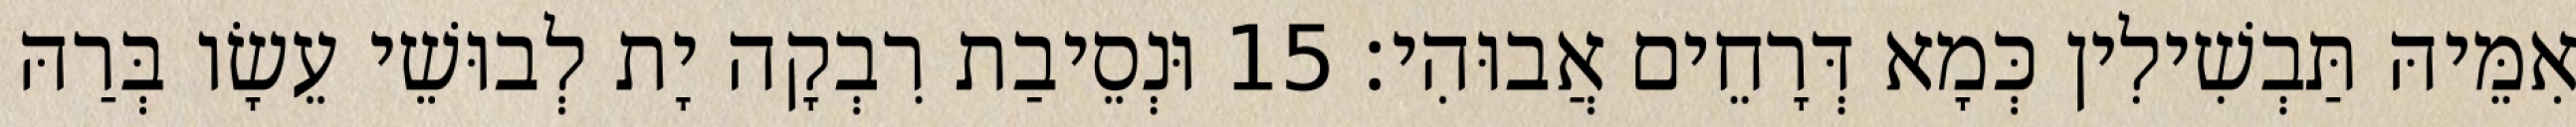
אִמֵּיהּ תַּבְשִׁילִין כְּמָא דְּרָחֵים אֲבוּהִי׃ 15 וּנְסֵיבַת רִבְקָה יָת לְבוּשֵׁי עֵשָׂו בְּרַהּ